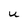
Character: U